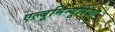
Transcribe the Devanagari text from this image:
एल्बूमिन्यूरिया